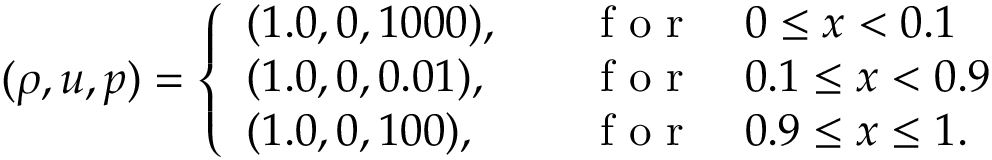
( \rho , u , p ) = \left\{ \begin{array} { l l } { ( 1 . 0 , 0 , 1 0 0 0 ) , \quad } & { \mathrm { ~ f ~ o ~ r ~ } \quad 0 \leq x < 0 . 1 } \\ { ( 1 . 0 , 0 , 0 . 0 1 ) , \quad } & { \mathrm { ~ f ~ o ~ r ~ } \quad 0 . 1 \leq x < 0 . 9 } \\ { ( 1 . 0 , 0 , 1 0 0 ) , \quad } & { \mathrm { ~ f ~ o ~ r ~ } \quad 0 . 9 \leq x \leq 1 . } \end{array} \right.